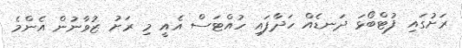
ރަށުގައި ފުޓްބޯޅަ ދަނޑެއް ހަދާފައި ހުއްޓަސް އެއީ މި ރަށު ޒުވާނުން އެންމެ